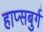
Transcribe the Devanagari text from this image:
हाप्सबुर्ग